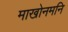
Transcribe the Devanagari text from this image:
माखोनमनि